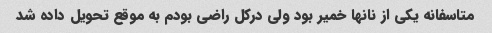
متاسفانه یکی از نانها خمیر بود ولی درکل راضی بودم به موقع تحویل داده شد